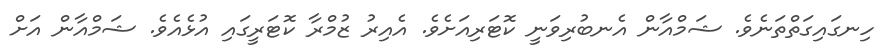
ހިނގައިގަތްތަނެވެ. ޝަމްއާން އެނބުރިވަނީ ކޮޓަރިއަށެވެ. އެއިރު ޒުމްރާ ކޮޓަރީގައި އުޅެއެވެ. ޝަމްއާން އަށް